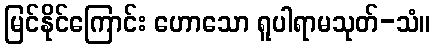
မြင်နိုင်ကြောင်း ဟောသော ရူပါရာမသုတ်-သံ။